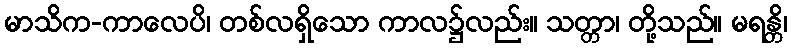
မာသိက-ကာလေပိ၊ တစ်လရှိသော ကာလ၌လည်း။ သတ္တာ၊ တို့သည်။ မရန္တိ၊